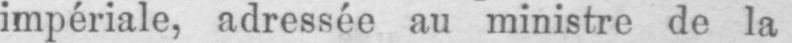
impériale, adressée au ministre de la